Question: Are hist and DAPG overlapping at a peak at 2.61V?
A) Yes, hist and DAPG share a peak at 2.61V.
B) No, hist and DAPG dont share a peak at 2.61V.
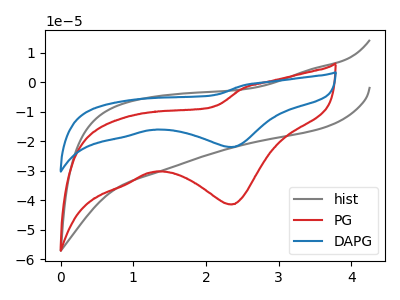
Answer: <think>The gray curve "hist" has no peaks. The red curve "PG" has a cathodic peak at: (2.35V, -41.45uA). The blue curve "DAPG" has a cathodic peak at: (2.35V, -22.00uA).</think>
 <answer>B) No, "hist" and "DAPG" dont share a peak at 2.61V.</answer>
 <eval>B</eval>